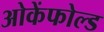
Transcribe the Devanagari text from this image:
ओकेंफोल्ड